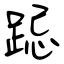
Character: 跽